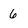
Character: 6